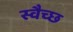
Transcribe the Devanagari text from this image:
स्वैच्छ